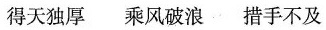
得天独厚 乘风破浪 措手不及